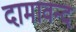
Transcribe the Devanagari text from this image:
दामावन्द